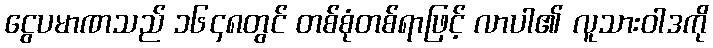
ငွေပမာဏသည် ၁၆၄၈တွင် တစ်စုံတစ်ရာဖြင့် လာပါ၏ လူသားဝါဒကို